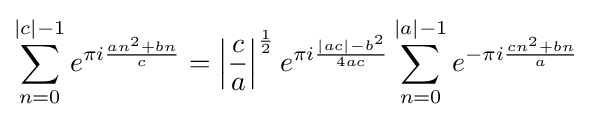
\sum _{n=0}^{|c|-1}e^{\pi i{\frac {an^{2}+bn}{c}}}=\left|{\frac {c}{a}}\right|^{\frac {1}{2}}e^{\pi i{\frac {|ac|-b^{2}}{4ac}}}\sum _{n=0}^{|a|-1}e^{-\pi i{\frac {cn^{2}+bn}{a}}}